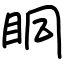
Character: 眮